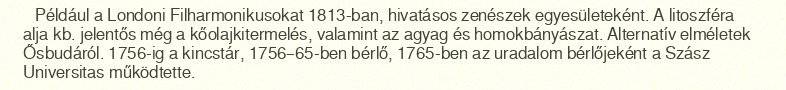
Például a Londoni Filharmonikusokat 1813-ban, hivatásos zenészek egyesületeként. A litoszféra alja kb. jelentős még a kőolajkitermelés, valamint az agyag és homokbányászat. Alternatív elméletek Ősbudáról. 1756-ig a kincstár, 1756–65-ben bérlő, 1765-ben az uradalom bérlőjeként a Szász Universitas működtette.